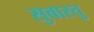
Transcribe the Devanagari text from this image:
सुवास्तु